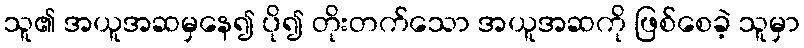
သူ၏ အယူအဆမှနေ၍ ပို၍ တိုးတက်သော အယူအဆကို ဖြစ်စေခဲ့ သူမှာ